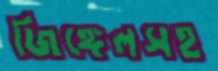
জিঙ্গেলসহ